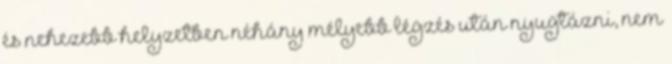
és nehezebb helyzetben néhány mélyebb légzés után nyugtázni, nem